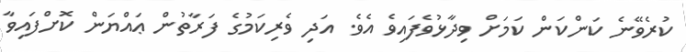
ކުރެވޭނެ ކަންކަން ކަމަށް ވިދާޅުވެފައިވެ އެވެ. އަދި ވެރިކަމުގެ ފަރާތުން ޢައްޔަން ކޮށްފައިވާ